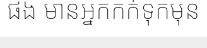
ផង មានអ្នកកក់ទុកមុន